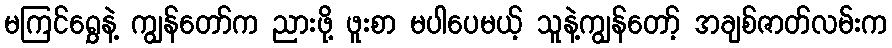
မကြင်ရွှေနဲ့ ကျွန်တော်က ညားဖို့ ဖူးစာ မပါပေမယ့် သူနဲ့ကျွန်တော့် အချစ်ဇာတ်လမ်းက